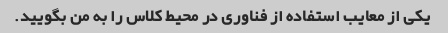
یکی از معایب استفاده از فناوری در محیط کلاس را به من بگویید.